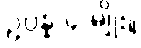
ဥပ္ပန္န ၄-မျိုး။